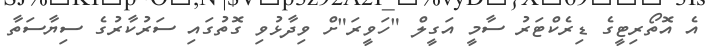
އެ އޮތޯރިޓީގެ ޑިރެކްޓަރު ސާމީ އަގީލް "ހަވީރަ"ށް ވިދާޅުވި ގޮތުގައި ސަރުކާރުގެ ސިޔާސަތާ